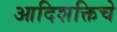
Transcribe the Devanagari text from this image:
आदिशक्तिचे